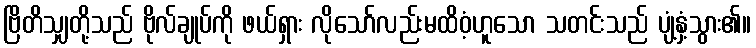
ဗြိတိသျှတို့သည် ဗိုလ်ချုပ်ကို ဖယ်ရှား လိုသော်လည်းမထိဝံ့ဟူသော သတင်းသည် ပျံ့နှံ့သွား၏။